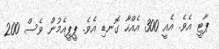
ޕާޓީ އެވެ. އެއީ 300 އެއްހާ ގޮނޑި އެވެ. ޕީޕީއެމުން ވެސް 200